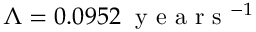
\Lambda = 0 . 0 9 5 2 \; \textrm { y e a r s } ^ { - 1 }